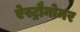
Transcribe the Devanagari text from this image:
ऐस्ट्रौनोमर